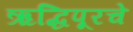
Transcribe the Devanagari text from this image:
ऋद्धिपूरचे